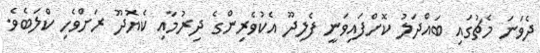
ދެވަނަ މެޗުގައި ބައްދަލު ކޮށްފައިވަނީ ފެލިދޫ އެކުވެރިންގެ ދިރުމާއި ކެޔޮދޫ ރަށްވެހި ކްލަބެވެ.